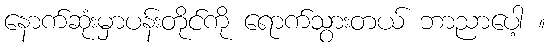
နောက်ဆုံးမှာပန်းတိုင်ကို ရောက်သွားတယ် ဘာညာပေါ့ ။